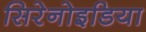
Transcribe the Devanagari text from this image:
सिरेनोइडिया